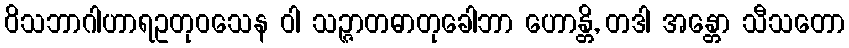
ဝိသဘာဂါဟာရဥတုဝသေန ဝါ သဉ္ဇာတဓာတုခေါဘာ ဟောန္တိ, တဒါ အန္တော သီသတော